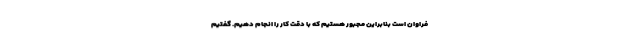
فراوان است بنابراین مجبور هستیم که با دقت کار را انجام دهیم. گفتیم